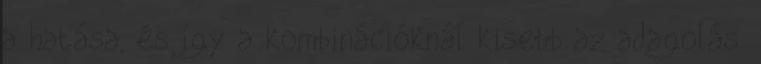
a hatása, és így a kombinációknál kisebb az adagolás.